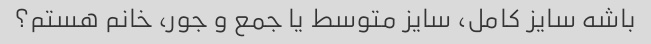
باشه سایز کامل، سایز متوسط ​​یا جمع و جور، خانم هستم؟